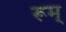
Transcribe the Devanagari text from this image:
रूम्